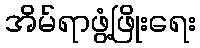
အိမ်ရာဖွံ့ဖြိုးရေး